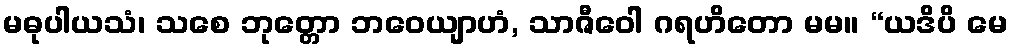
မဓုပါယသံ၊ သစေ ဘုတ္တော ဘဝေယျာဟံ, သာဇီဝေါ ဂရဟိတော မမ။ “ယဒိပိ မေ